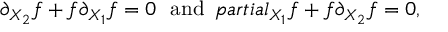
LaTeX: \partial _ { X _ { 2 } } f + f \partial _ { X _ { 1 } } f = 0 \ \ \mathrm { a n d } \ \, p a r t i a l _ { X _ { 1 } } f + f \partial _ { X _ { 2 } } f = 0 ,